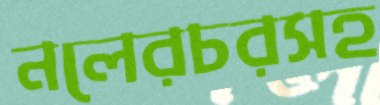
নলেরচরসহ